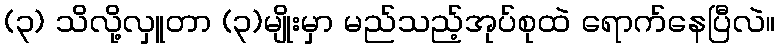
(၃) သိလို့လှူတာ (၃)မျိုးမှာ မည်သည့်အုပ်စုထဲ ရောက်နေပြီလဲ။